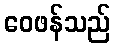
ဝေဖန်သည်